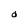
Character: d